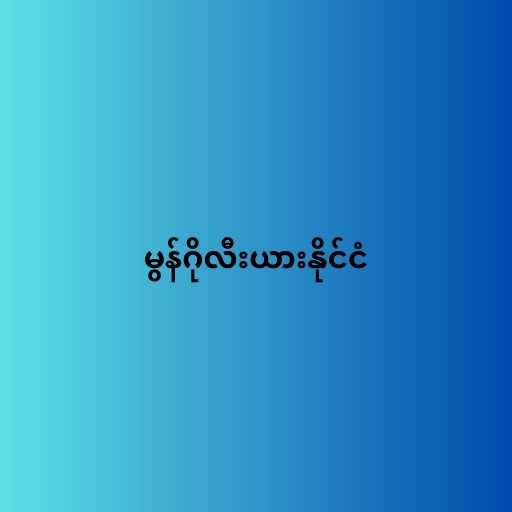
မွန်ဂိုလီးယားနိုင်ငံ